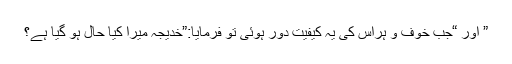
” اور “جب خوف و ہراس کی یہ کیفیت دور ہوئی تو فرمایا:”خدیجہ میرا کیا حال ہو گیا ہے؟